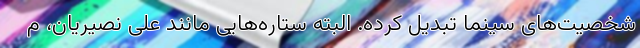
شخصیت‌های سینما تبدیل کرده. البته ستاره‌هایی مانند علی نصیریان، م